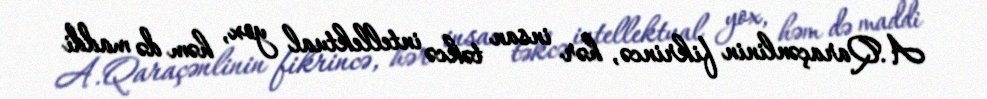
A.Qaraçənlinin fikrincə, hər insan təkcə intellektual yox, həm də maddi